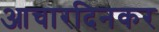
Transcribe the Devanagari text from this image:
आचारदिनकर